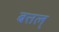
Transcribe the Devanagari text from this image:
बत्तल्